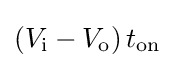
\left(V_{\text{i}}-V_{\text{o}}\right)t_{\text{on}}